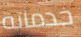
خدماته